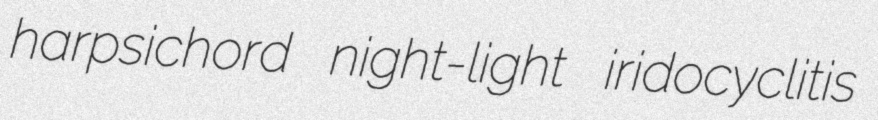
harpsichord night-light iridocyclitis